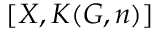
[ X , K ( G , n ) ]